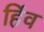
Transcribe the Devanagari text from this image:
हिंव